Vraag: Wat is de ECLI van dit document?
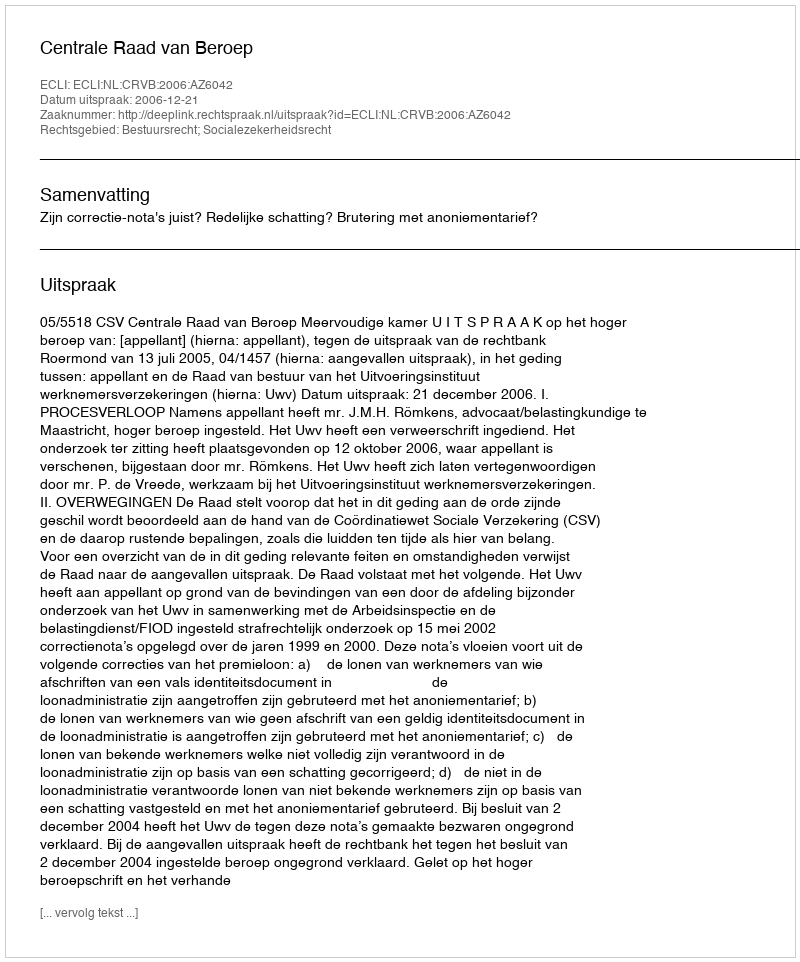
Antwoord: ECLI:NL:CRVB:2006:AZ6042